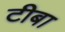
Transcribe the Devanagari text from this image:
टीबा